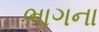
ભાગના